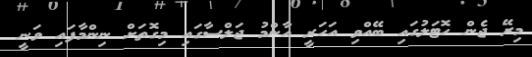
މިރޭ ޖެން ހޮޓަލުގައި ބޭއްވި އަހަރީ އާންމު ޖަލްސާގައި މިގޮތަށް ނިންމާފައި ވަނީ